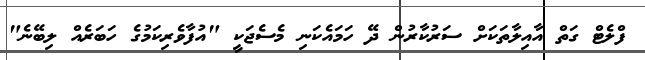
ފްލެޓް ގަތް އާއިލާތަކަށް ސަރުކާރުން ދޭ ހަމައެކަނި މެސެޖަކީ "އުފާވެރިކަމުގެ ހަބަރެއް ލިބޭނެ"